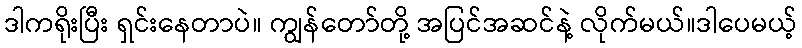
ဒါကရိုးပြီး ရှင်းနေတာပဲ။ ကျွန်တော်တို့ အပြင်အဆင်နဲ့ လိုက်မယ်။ဒါပေမယ့်